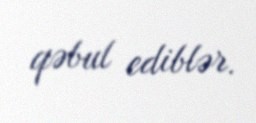
qəbul ediblər.